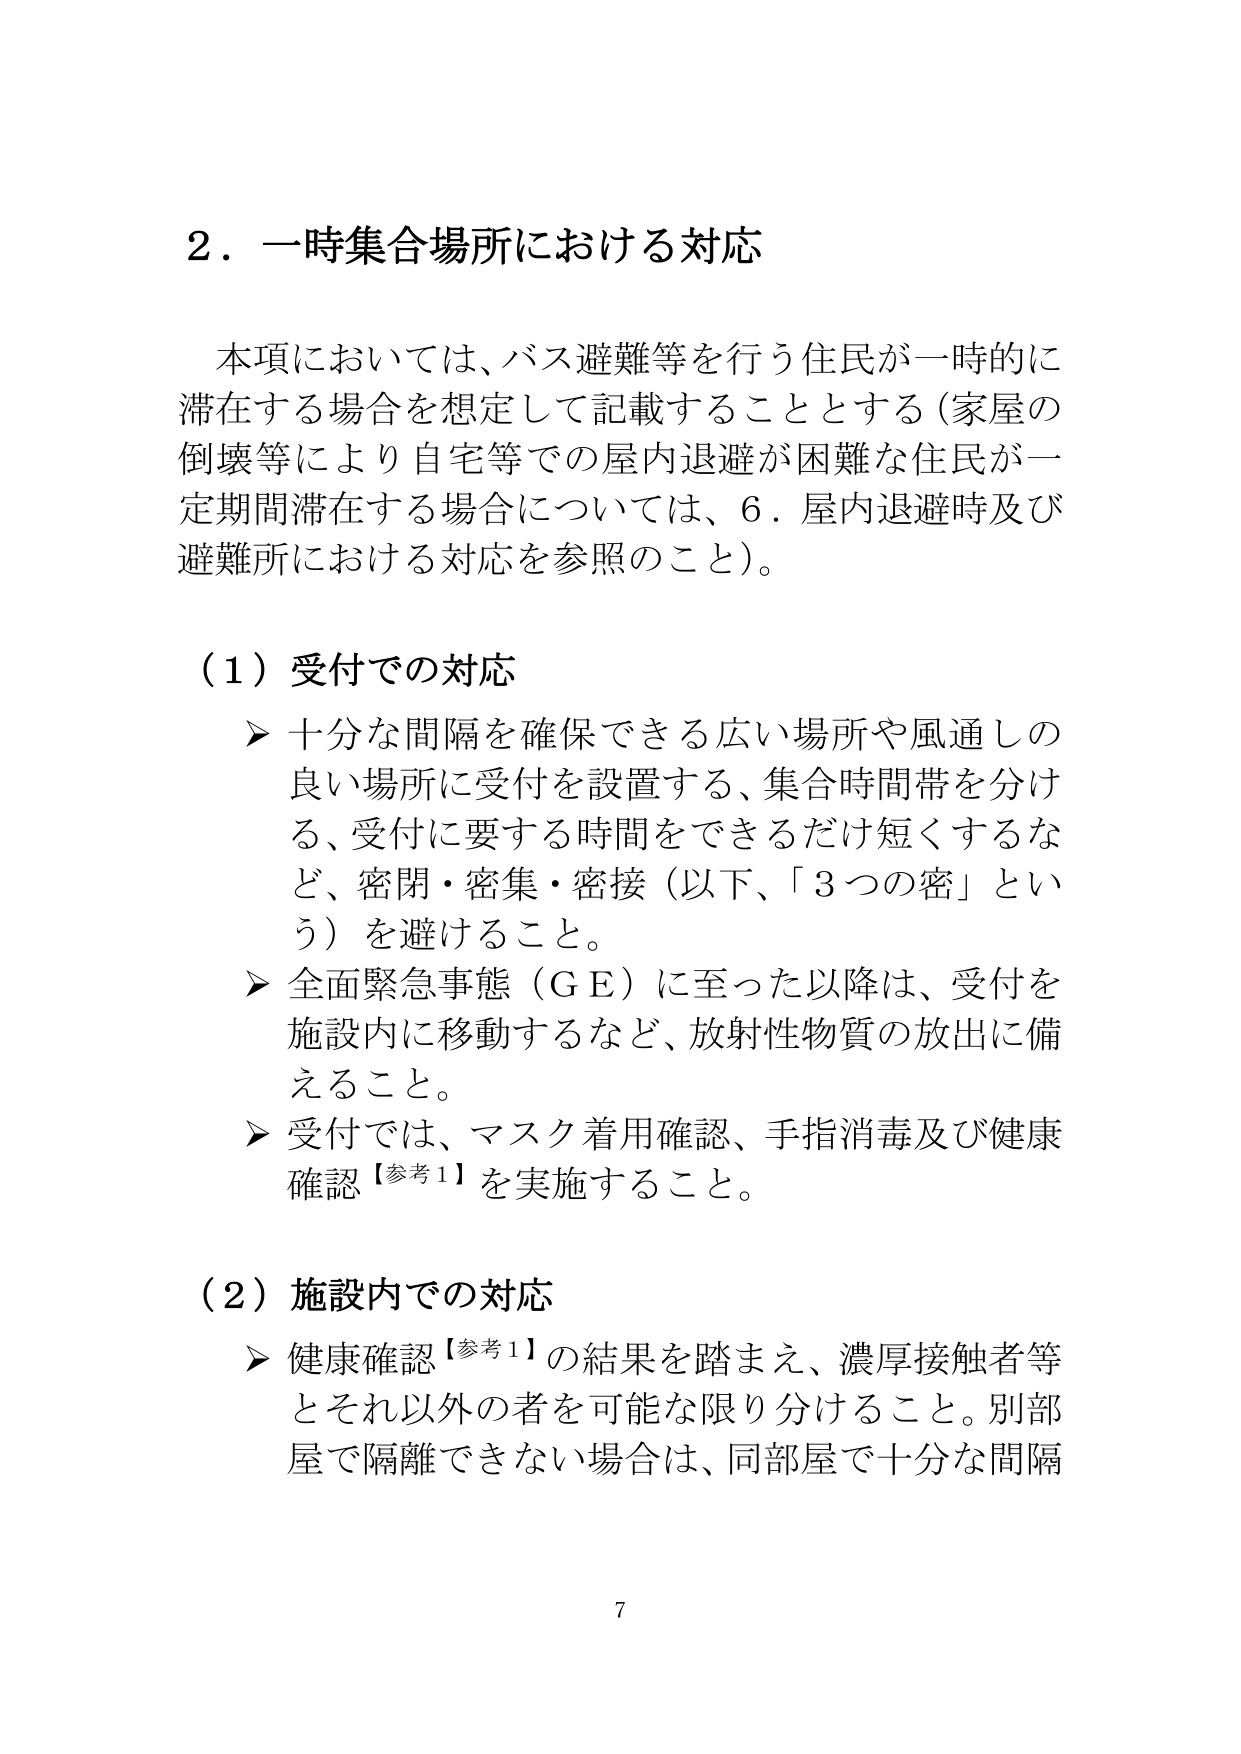
2．一時集合場所における対応

本項においては、バス避難等を行う住民が一時的に滞在する場合を想定して記載することとする（家屋の倒壊等により自宅等での屋内退避が困難な住民が一定期間滞在する場合については、6．屋内退避時及び避難所における対応を参照のこと）。

（1）受付での対応
➤ 十分な間隔を確保できる広い場所や風通しの良い場所に受付を設置する、集合時間帯を分ける、受付に要する時間をできるだけ短くするなど、密閉・密集・密接（以下、「3つの密」という）を避けること。
➤ 全面緊急事態（ＧＥ）に至った以降は、受付を施設内に移動するなど、放射性物質の放出に備えること。
➤ 受付では、マスク着用確認、手指消毒及び健康確認【参考1】を実施すること。

（2）施設内での対応
➤ 健康確認【参考1】の結果を踏まえ、濃厚接触者等とそれ以外の者を可能な限り分けること。別部屋で隔離できない場合は、同部屋で十分な間隔

7